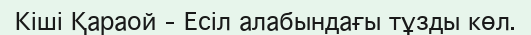
Кіші Қараой – Есіл алабындағы тұзды көл.